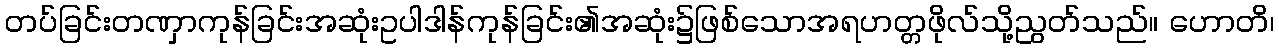
တပ်ခြင်းတဏှာကုန်ခြင်းအဆုံးဥပါဒါန်ကုန်ခြင်း၏အဆုံး၌ဖြစ်သောအရဟတ္တဖိုလ်သို့ညွတ်သည်။ ဟောတိ၊